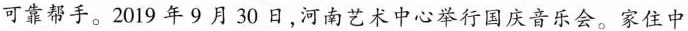
可靠帮手。2019年9月30日，河南艺术中心举行国庆音乐会。家住中